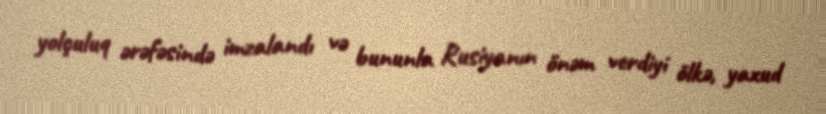
yolçuluq ərəfəsində imzalandı və bununla Rusiyanın önəm verdiyi ölkə, yaxud